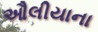
ઔલીયાના